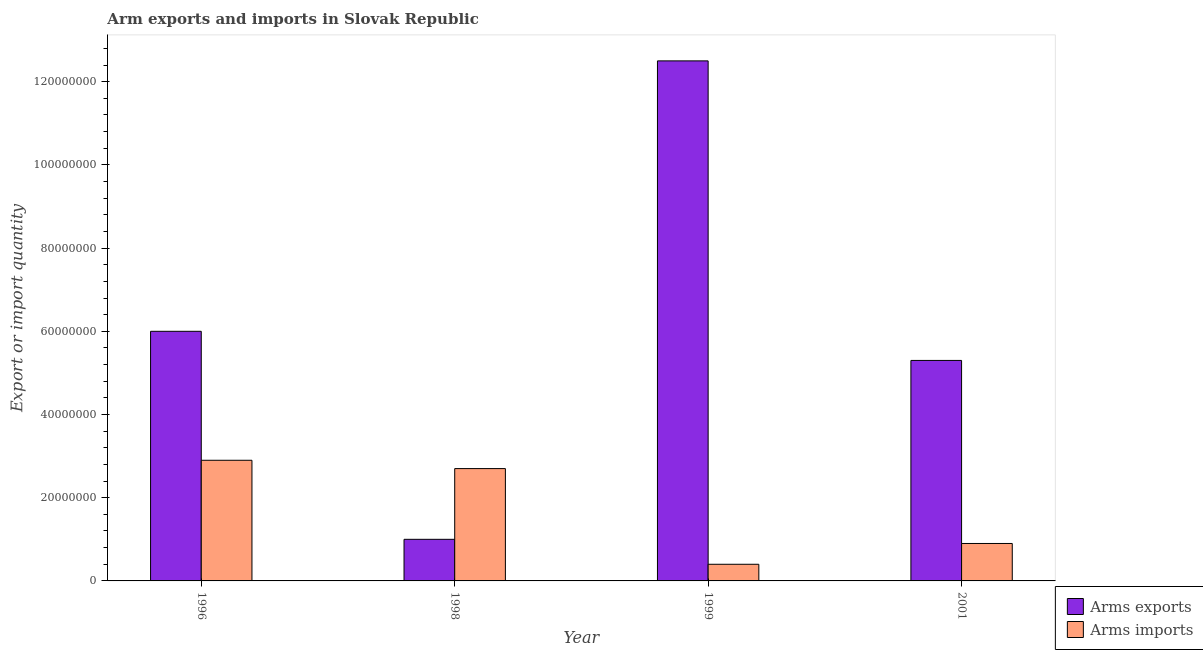
| Year | Arms exports | Arms imports |
 | --- | --- | --- |
 | 1996 | 6e+07 | 2.9e+07 |
 | 1998 | 1e+07 | 2.7e+07 |
 | 1999 | 1.25e+08 | 4e+06 |
 | 2001 | 5.3e+07 | 9e+06 |